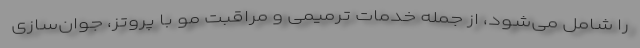
را شامل می‌شود، از جمله خدمات ترمیمی و مراقبت مو با پروتز، جوان‌سازی